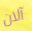
آلان